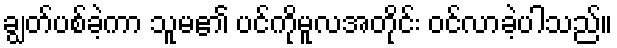
ချွတ်ပစ်ခဲ့ကာ သူမ၏ ပင်ကိုမူလအတိုင်း ဝင်လာခဲ့ပါသည်။